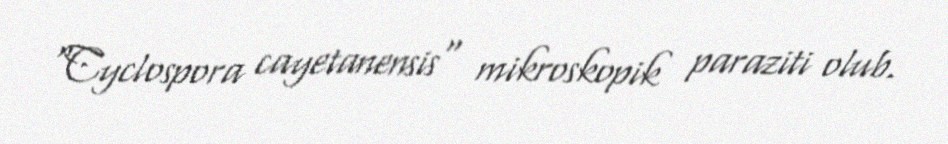
"Cyclospora cayetanensis" mikroskopik paraziti olub.